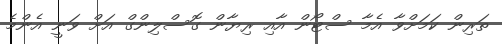
ތަރިން ކަމަށްވާ އެމާ ސްޓޯން އާއި ރިޔާން ގޮސްލިންގް އަށް ވަނީ އެންމެ